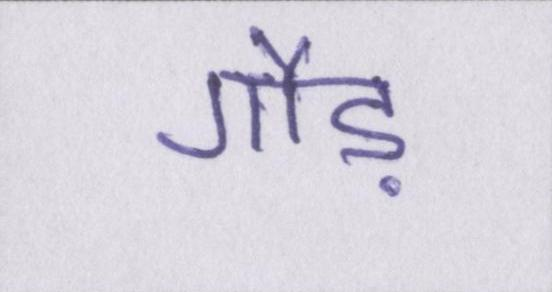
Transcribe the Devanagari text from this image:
गौड़